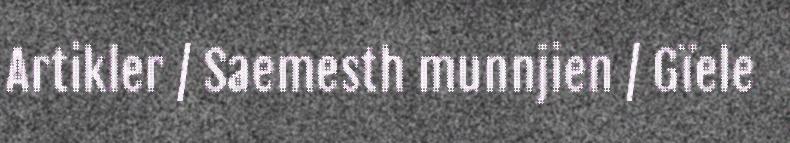
Artikler / Saemesth munnjien / Gïele